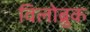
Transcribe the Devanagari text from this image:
विलोब्रुक